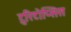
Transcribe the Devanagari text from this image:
टुरिटोप्सिस